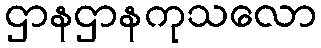
ဌာနဌာနကုသလော